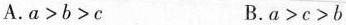
A.$$a>b>c$$ B.$$a>c>b$$